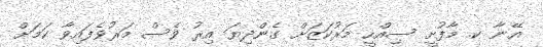
އޭނާ ކ. މާފުށީ ސިއްހީ މަރުކަޒަށް ގެންދިޔަ އިރު ވެސް މަރުވެފައިވާ ކަމަށް